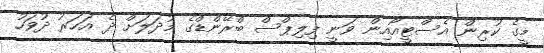
މީގެ ކުރިން އެސްޓީއޯއިން ވަނީ ފިލިޕްސް ބްރޭންޑްގެ މުދަލަށް ދެ އަހަރު ދުވަހު